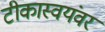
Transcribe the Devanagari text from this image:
टीकास्वयंवर